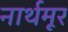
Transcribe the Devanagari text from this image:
नार्थमूर